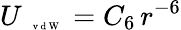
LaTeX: U_{\mathrm{~\tiny~\textnormal~{~v~d~W~}~}}=C_{6}\, r^{-6}